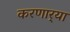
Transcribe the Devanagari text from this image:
करणार्‍या